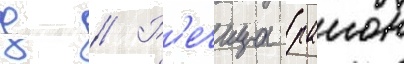
д // Р'ечица (раион